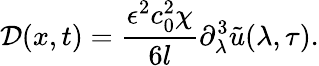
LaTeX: \mathcal{D}(x,t)=\frac{\epsilon^{2}c_{0}^{2}\chi}{6l}\partial_{\lambda}^{3}\tilde{u}(\lambda,\tau).